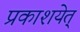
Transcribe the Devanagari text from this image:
प्रकाशयेत्